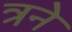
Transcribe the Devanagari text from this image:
त्रने